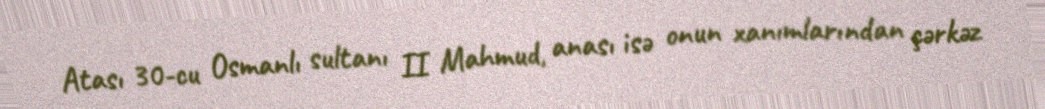
Atası 30-cu Osmanlı sultanı II Mahmud, anası isə onun xanımlarından çərkəz